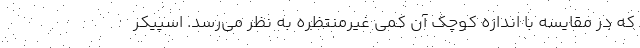
که در مقایسه با اندازه کوچک آن کمی غیرمنتظره به نظر می‌رسد. اسپیکر